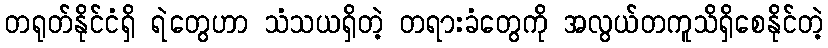
တရုတ်နိုင်ငံရှိ ရဲတွေဟာ သံသယရှိတဲ့ တရားခံတွေကို အလွယ်တကူသိရှိစေနိုင်တဲ့